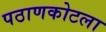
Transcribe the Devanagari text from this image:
पठाणकोटला